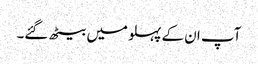
آپ ان کے پہلو میں بیٹھ گئے۔